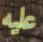
عليه